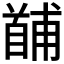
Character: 𩠤